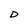
Character: D